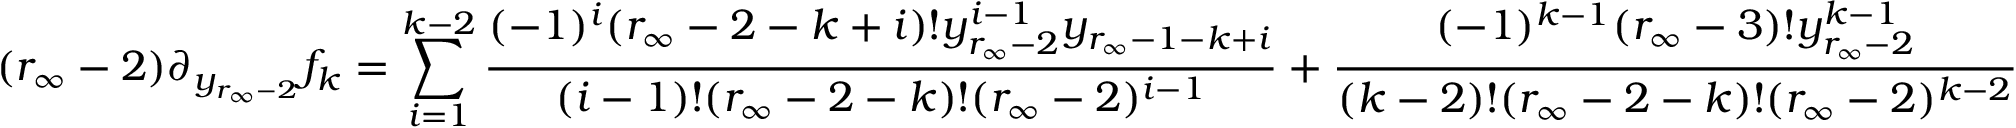
( r _ { \infty } - 2 ) \partial _ { y _ { r _ { \infty } - 2 } } f _ { k } = \sum _ { i = 1 } ^ { k - 2 } \frac { ( - 1 ) ^ { i } ( r _ { \infty } - 2 - k + i ) ! y _ { r _ { \infty } - 2 } ^ { i - 1 } y _ { r _ { \infty } - 1 - k + i } } { ( i - 1 ) ! ( r _ { \infty } - 2 - k ) ! ( r _ { \infty } - 2 ) ^ { i - 1 } } + \frac { ( - 1 ) ^ { k - 1 } ( r _ { \infty } - 3 ) ! y _ { r _ { \infty } - 2 } ^ { k - 1 } } { ( k - 2 ) ! ( r _ { \infty } - 2 - k ) ! ( r _ { \infty } - 2 ) ^ { k - 2 } }